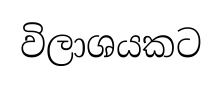
විලාශයකට